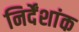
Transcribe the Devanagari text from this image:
निर्देंशांक